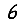
Digit: 6